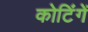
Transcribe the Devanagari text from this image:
कोटिंगें